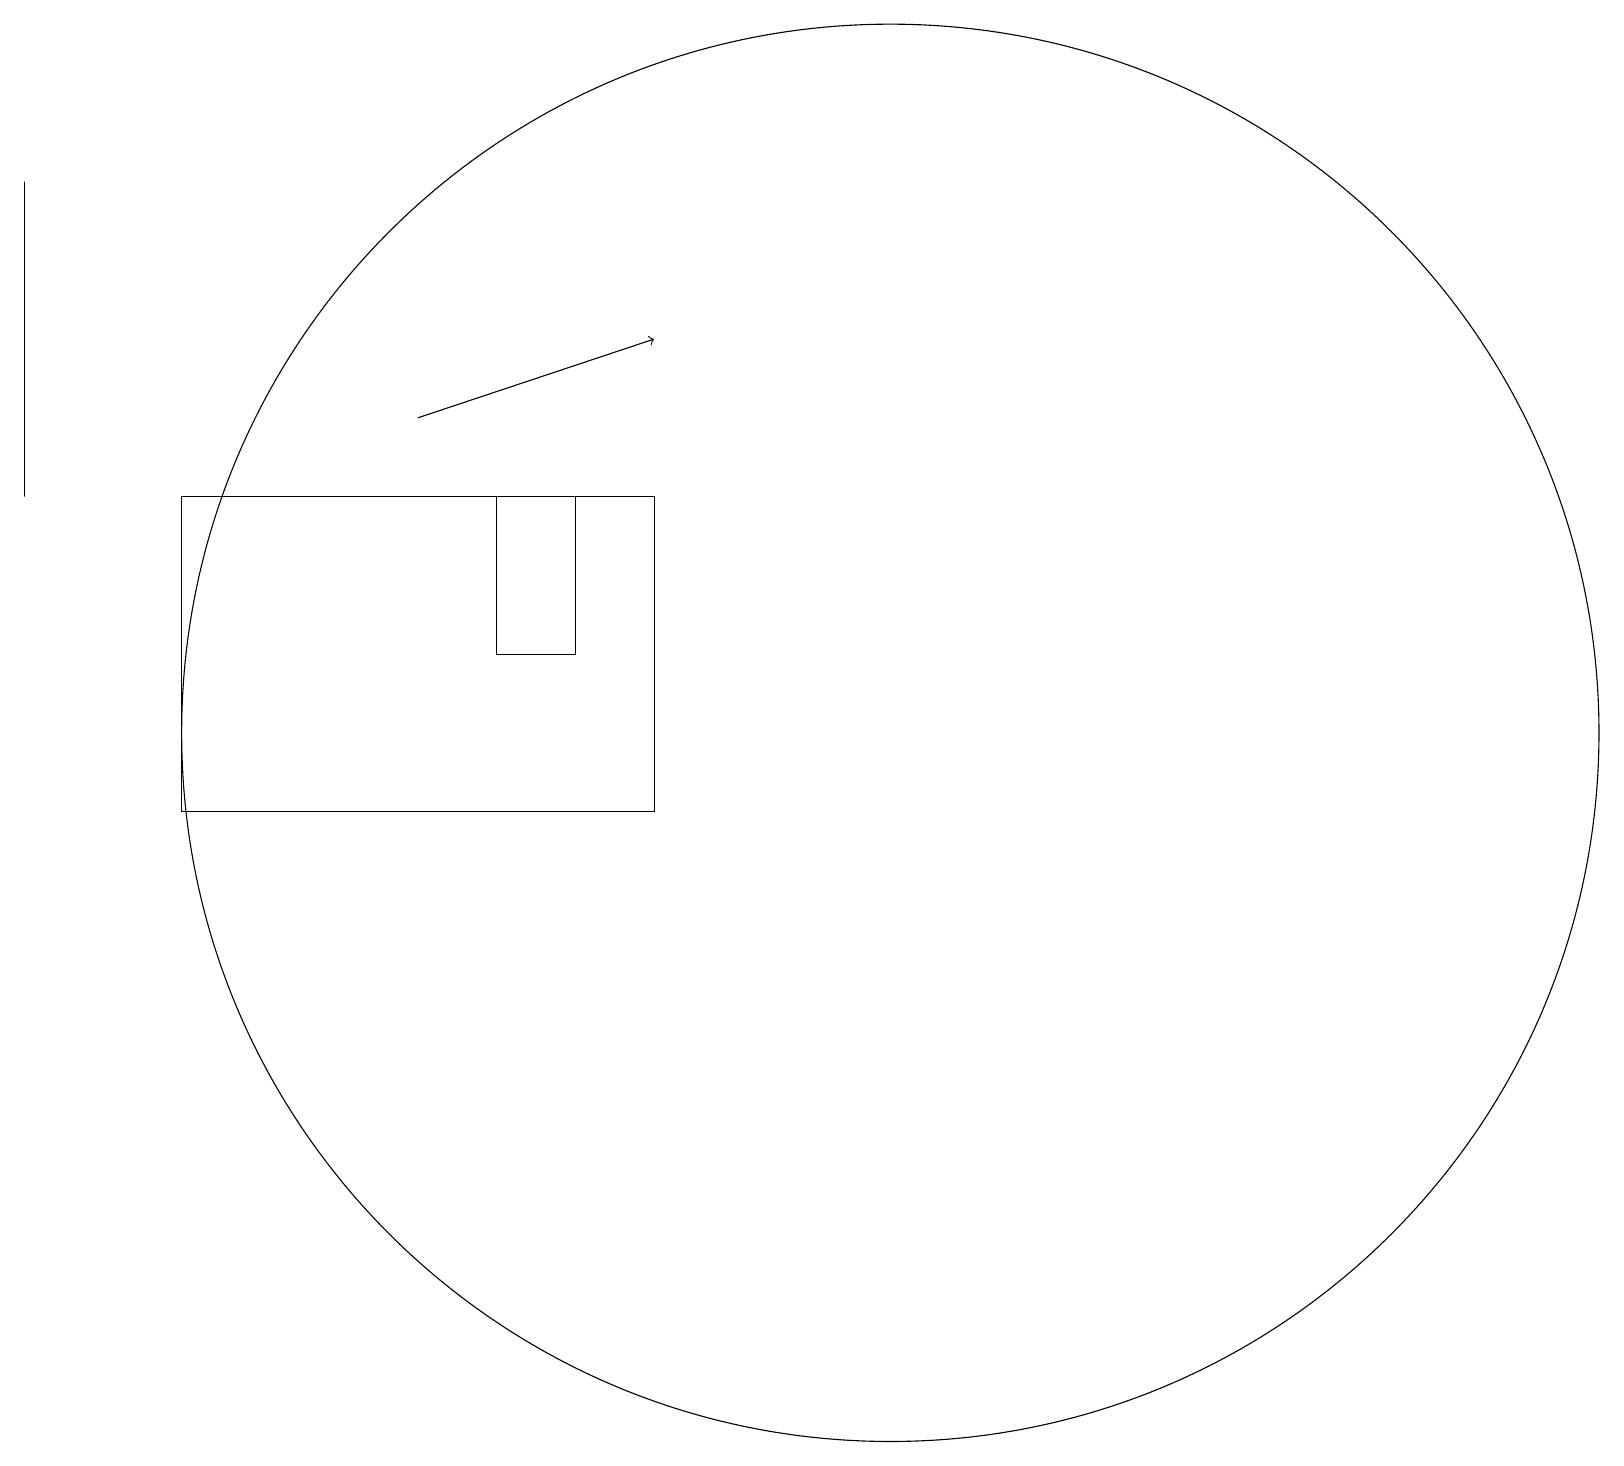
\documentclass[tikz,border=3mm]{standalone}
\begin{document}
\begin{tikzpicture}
\draw (8,14) rectangle (7,12);
\draw (9,14) rectangle (3,10);
\draw (12,11) circle (9);
\draw[->] (6,15) -- (9,16);
\draw (1,14) rectangle (1,18);
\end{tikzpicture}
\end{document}